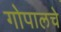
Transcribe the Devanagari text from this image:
गोपालचे